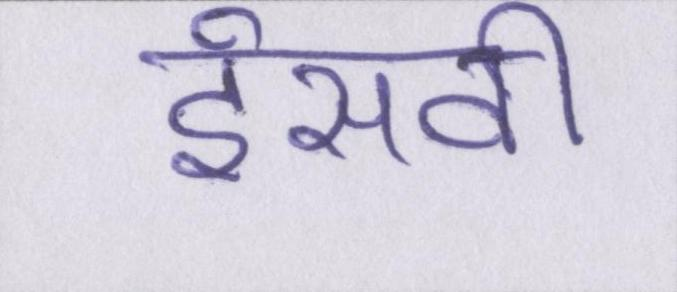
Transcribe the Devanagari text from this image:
ईसवी